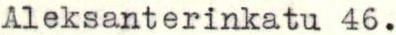
Aleksanterinkatu 46.